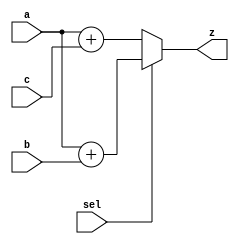
module lab1(a,b,c,sel,z);
input [7:0] a,b,c;
input sel;
output [8:0] z;
reg [8:0] z;
always @(a or b or c or sel) begin
if (sel) z = a + b;
else z = a + c;
end

endmodule